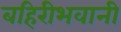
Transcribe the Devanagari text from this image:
बहिरीभवानी